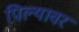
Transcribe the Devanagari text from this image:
पिल्यावर